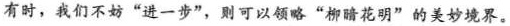
有时，我们不妨”进一步”，则可以领略”柳暗花明”的美妙境界。